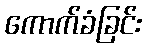
ကောက်ခံခြင်း